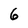
Character: 6